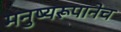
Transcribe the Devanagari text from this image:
मनुष्यरूपानेच